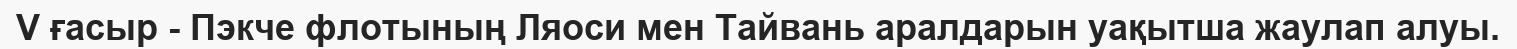
V ғасыр - Пэкче флотының Ляоси мен Тайвань аралдарын уақытша жаулап алуы.